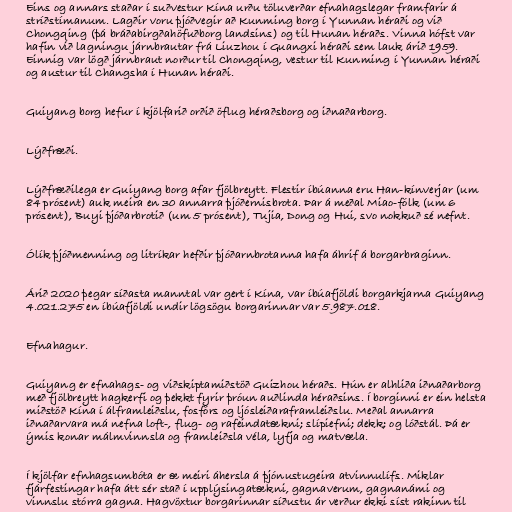
Eins og annars staðar í suðvestur Kína urðu töluverðar efnahagslegar framfarir á
stríðstímanum. Lagðir voru þjóðvegir að Kunming borg í Yunnan héraði og við
Chongqing (þá bráðabirgðahöfuðborg landsins) og til Hunan héraðs. Vinna hófst var
hafin við lagningu járnbrautar frá Liuzhou í Guangxi héraði sem lauk árið 1959.
Einnig var lögð járnbraut norður til Chongqing, vestur til Kunming í Yunnan héraði
og austur til Changsha í Hunan héraði.

Guiyang borg hefur í kjölfarið orðið öflug héraðsborg og iðnaðarborg.

Lýðfræði.

Lýðfræðilega er Guiyang borg afar fjölbreytt. Flestir íbúanna eru Han-kínverjar (um
84 prósent) auk meira en 30 annarra þjóðernisbrota. Þar á meðal Miao-fólk (um 6
prósent), Buyi þjóðarbrotið (um 5 prósent), Tujia, Dong og Hui, svo nokkuð sé nefnt.

Ólík þjóðmenning og litríkar hefðir þjóðarnbrotanna hafa áhrif á borgarbraginn.

Árið 2020 þegar síðasta manntal var gert í Kína, var íbúafjöldi borgarkjarna Guiyang
4.021.275 en íbúafjöldi undir lögsögu borgarinnar var 5.987.018.

Efnahagur.

Guiyang er efnahags- og viðskiptamiðstöð Guizhou héraðs. Hún er alhliða iðnaðarborg
með fjölbreytt hagkerfi og þekkt fyrir þróun auðlinda héraðsins. Í borginni er ein helsta
miðstöð Kína í álframleiðslu, fosfórs og ljósleiðaraframleiðslu. Meðal annarra
iðnaðarvara má nefna loft-, flug- og rafeindatækni; slípiefni; dekk; og lóðstál. Þá er
ýmis konar málmvinnsla og framleiðsla véla, lyfja og matvæla.

Í kjölfar efnhagsumbóta er æ meiri áhersla á þjónustugeira atvinnulífs. Miklar
fjárfestingar hafa átt sér stað í upplýsingatækni, gagnaverum, gagnanámi og
vinnslu stórra gagna. Hagvöxtur borgarinnar síðustu ár verður ekki síst rakinn til